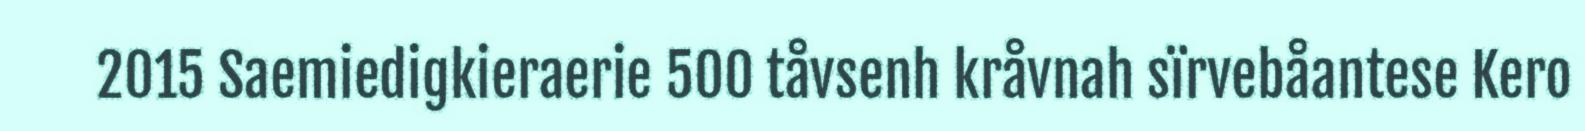
2015 Saemiedigkieraerie 500 tåvsenh kråvnah sïrvebåantese Kero